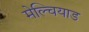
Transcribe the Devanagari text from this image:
मेल्चियाड